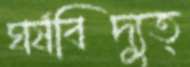
ঘর্ষবিদ্যুত্